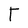
Character: t